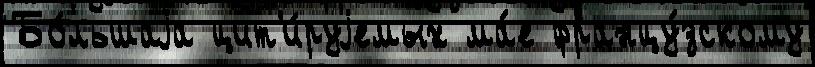
Бо́льшаjа цит'и́руjемых ма́е францу́зскому